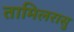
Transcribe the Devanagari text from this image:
तामिलरासु